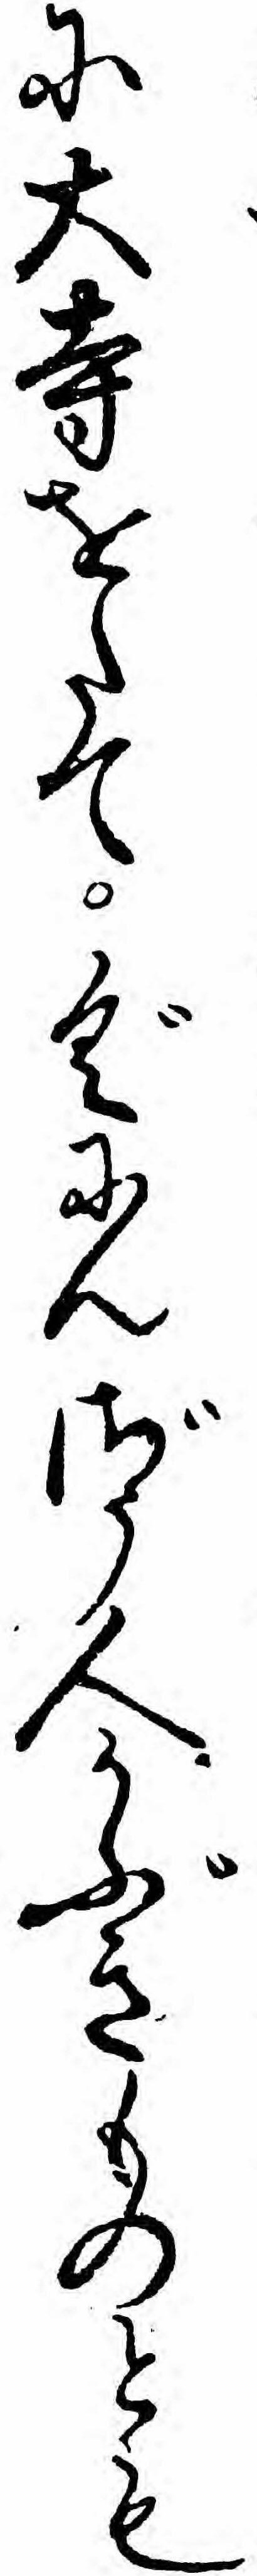
に大寺をたてぐにんざう人かぶきものとも